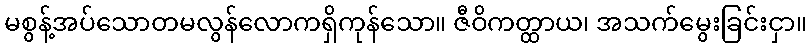
မစွန့်အပ်သောတမလွန်လောကရှိကုန်သော။ ဇီဝိကတ္ထာယ၊ အသက်မွေးခြင်းငှာ။